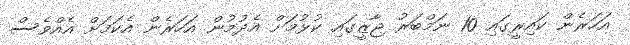
އަހަރެން ކައިރީގައި 10 ނަމްބަރު ޖާޒީގައި ކުޅުމަށް އެދުމުން އަހަރެން އެކަމަށް އެއްވެސް